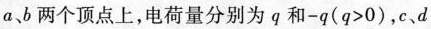
a、b两个顶点上，电荷量分别为q和-q(q>0)，c、d